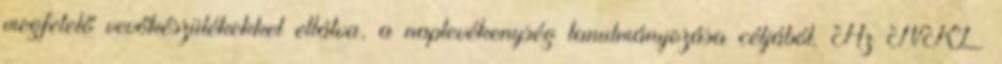
megfelelő vevőkészülékekkel ellátva, a naptevékenység tanulmányozása céljából. Az NRL